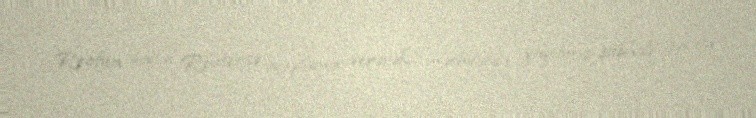
Roofun dayısı Reutersə açıqlama verərək, mətbuatda yayılmış şübhəli şəxsin